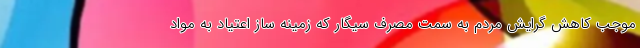
موجب کاهش گرایش مردم به سمت مصرف سیگار که زمینه ساز اعتیاد به مواد